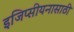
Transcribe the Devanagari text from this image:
इजिप्सीयनासाठी